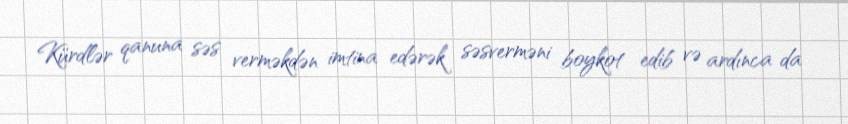
Kürdlər qanuna səs verməkdən imtina edərək səsverməni boykot edib və ardınca da